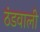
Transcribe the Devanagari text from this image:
ठंडवाली